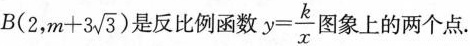
$$B ( 2 , m + 3 \sqrt { 3 } )$$ 是反比例函数 $$y = \frac { k } { x }$$ 图象上的两个点.